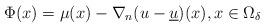
LaTeX: \begin{align*}\Phi(x)=\mu(x)-\nabla_n(u-\underline{u})(x), x\in\Omega_\delta\end{align*}